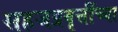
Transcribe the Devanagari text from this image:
सहजप्रवृत्तींच्या